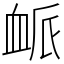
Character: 衇